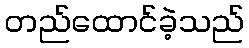
တည်ထောင်ခဲ့သည်